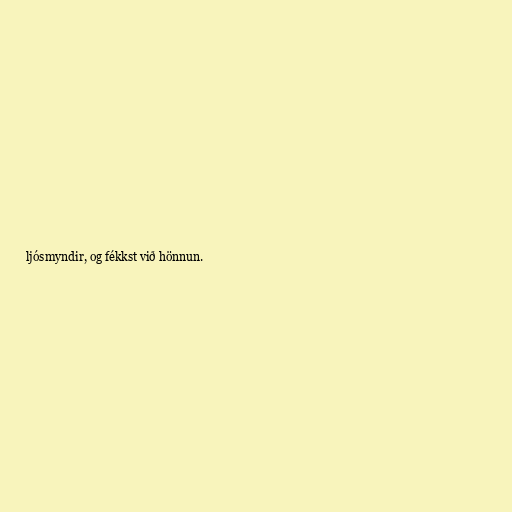
ljósmyndir, og fékkst við hönnun.